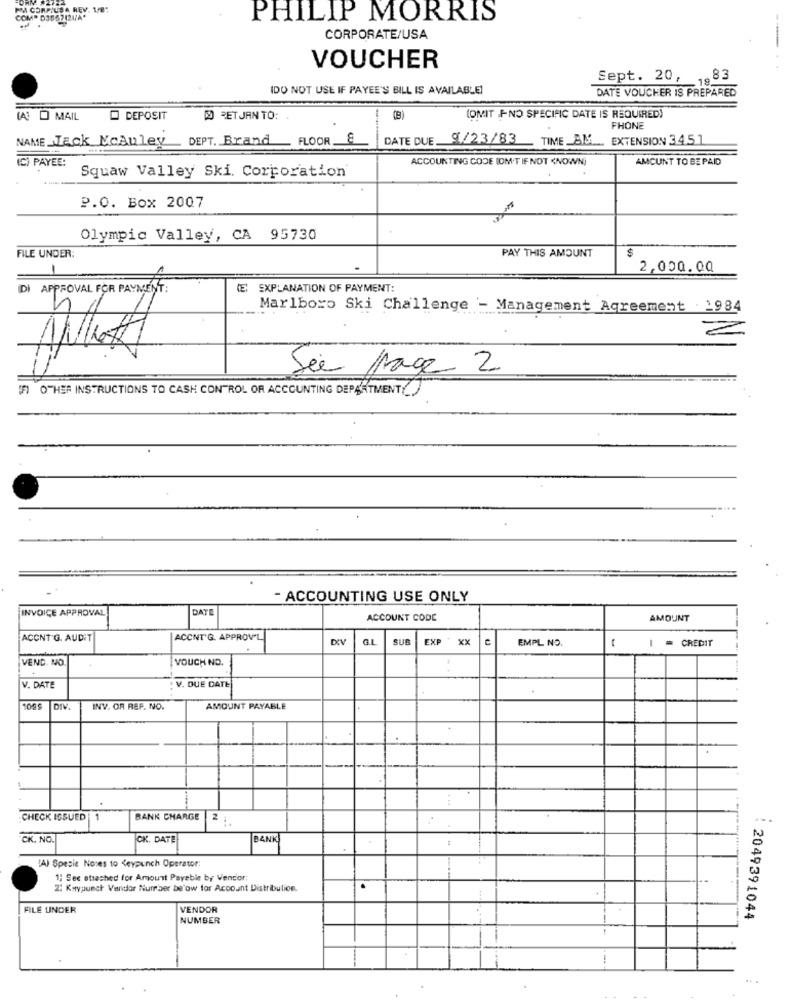
PHILIP MORRIS
CORPORATE/USA
VOUCHER
Sept. 20, 1983
(DO NOT USE IF PAYEE'S BILL IS AVAILABLE
DATE VOUCHER IS PREPARED
LA MAIL
DEPOSIT
DO RETJAN TO :.
(OMIT PNO SPECIFIC DATE IS REQUIRED)
FHONE
NAME_Tack Mcauley DEPT. Brand FLOOR
DATE DUE.
9/23/83
TIME BIL. EXTENSION 34.51
ACCOUNTING CODE (OM'T IF NOT KNOWN)
AMCUNT TO BE PAID
(C) PAYEE:
Squaw Valley Ski. Corporation
P.O. Box 2007
Olympic Valley, CA 95730
FILE UNDER:
PAY THIS AMOUNT
2,000.00
DI APPROVAL FOR PAYMENT:
EXPLANATION OF PAYMENT:
Marlboro Ski Challenge - Management Agreement . 1984
Sie page 2
FI OTHER INSTRUCTIONS TO CASH CONTROL OF ACCOUNTING DEPARTMENTY
- ACCOUNTING USE ONLY
INVOICE APPROVAL
DAT
ACCOUNT CODE
AMOUNT
ACCNT G. AUDIT
ACCNT'G. APPROV'L
DIV
SUB
EXP XX
C
EMPL NO.
( I = CREDIT
VEND. NO
VOUCH NO.
V. DUE DATE
V. DATE
100€
DIV
INV. OR REF. NO.
AMOUNT PAYABLE
CHECK ISSUED|1
BANK CHARGE
2 .
CK. NO.
CK. DATE
BANK
(A) Spezie Noses to Keypunch Operator:
1; Sec otrashed for Amount Payable by Vendor:
.
2: Kuypunch Vendor Number below for Account Distribution.
FILE UNDER
VENDOR
: 2049391044
NUMBER